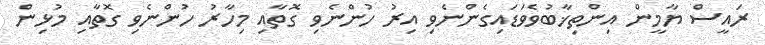
ރައީސް ޔާމީން އިންތިޚާބުވެވަޑައިގެންނެވި އިރު ހުންނެވި ގޮތާއި މިހާރު ހުންނެވި ގޮތާއި މުޅިން